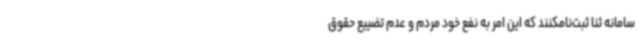
سامانه ثنا ثبت‌نامکنند که این امر به نفع خود مردم و عدم تضییع حقوق